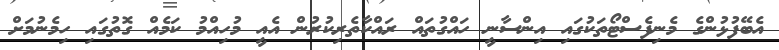
އެބޭފުޅުންގެ މެނިފެސްޓޯތަކުގައި އިންސާނީ ހައްގުތައް ރައްކާތެރިކުރުން އެއީ މުހިއްމު ކަމެއް ގޮތުގައި ހިމެނުމަށް